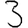
Digit: 3